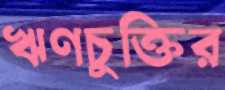
ঋণচুক্তির